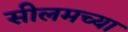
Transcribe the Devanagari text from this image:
सीलमच्या